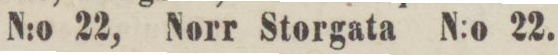
N:o 22, Norr Storgata N:o 22.